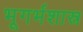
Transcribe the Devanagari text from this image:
भूगर्भशास्र